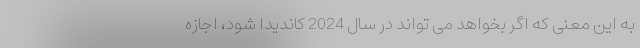
به این معنی که اگر بخواهد می تواند در سال 2024 کاندیدا شود، اجازه